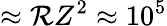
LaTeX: \approx\mathcal{R}Z^{2}\approx 10^{5}